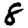
Digit: 8